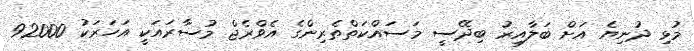
މުޅި ދުނިޔެ އަށް ބަލާއިރު ބިދޭސީ މަސައްކަތްތެރިންގެ އެވްރެޖް މުސާރައަކީ އަހަރަކު 92000